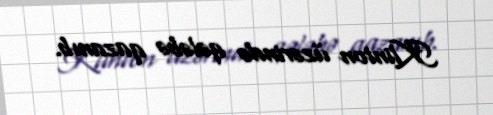
Klinton üzərində qələbə qazanıb.